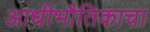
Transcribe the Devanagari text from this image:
आधीभौतिकाचा